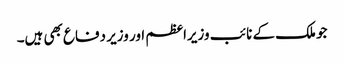
جو ملک کے نائب وزیراعظم اور وزیر دفاع بھی ہیں۔